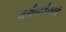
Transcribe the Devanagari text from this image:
नर्मदामैयाचे